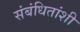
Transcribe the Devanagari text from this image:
संबंधितांशी